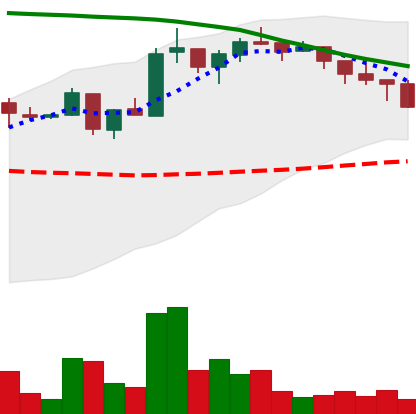
Ticker: ADA-USD
Chart end date: 2018-05-10
Forward return: -12.432%
Label: down_7plus